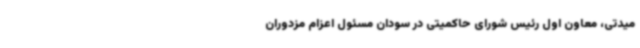
میدتی، معاون اول رئیس شورای حاکمیتی در سودان مسئول اعزام مزدوران